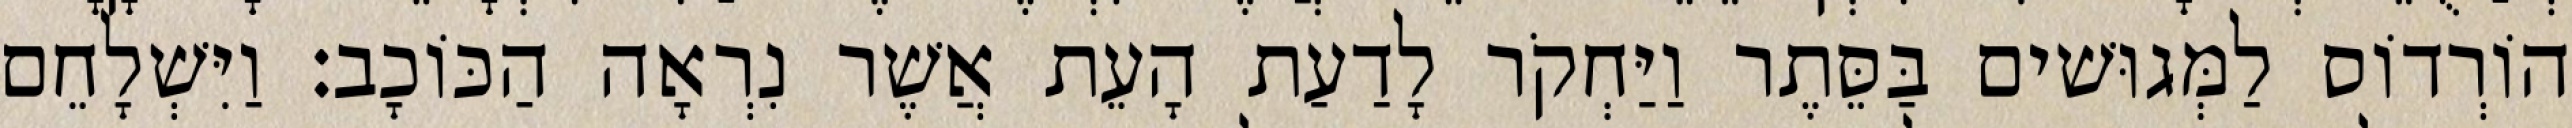
הוֹרְדוֹס לַמְּגוּשׁים בַּסֵּתֶר וַיַּחְקֹר לָדַעַת הָעֵת אֲשֶׁר נִרְאָה הַכּוֹכָב׃ וַיִּשְׁלָחֵם